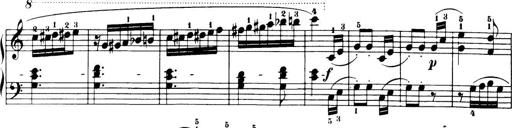
Title: 32 Sonatinas and Rondos for the Piano
Composer: Richard Kleinmichel